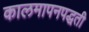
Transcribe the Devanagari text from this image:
कालमापनपद्धती